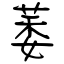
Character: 萎